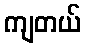
ကျတယ်